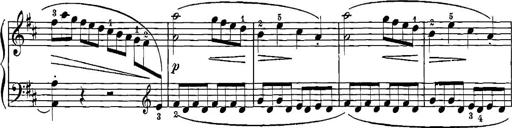
Title: 12 Sonatinas
Composer: Ignaz Pleyel